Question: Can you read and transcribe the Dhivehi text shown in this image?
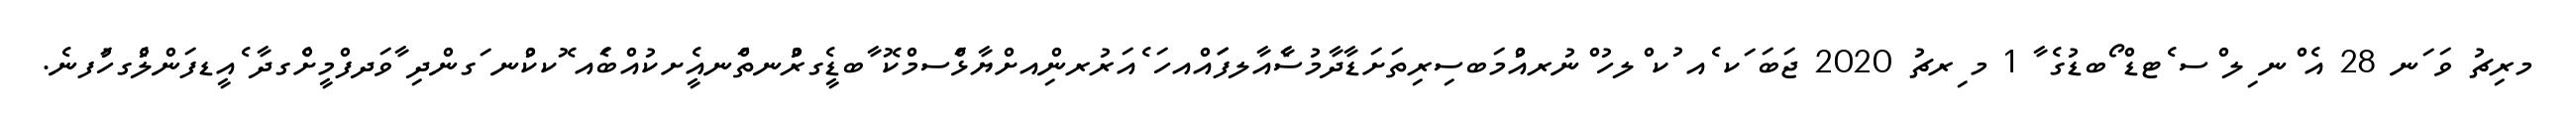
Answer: މރިޗު ވަ ަނ 28 އެ ްނ ިލ ްސ ެޓޑް ޯބޑުގެ ާ 1 މ ިރޗު 2020 ޖަބަ ަކ ެއ ުކ ްލހު ްނުރއުްމަބސިރިތަށަޑާދާމުސާެއާލފަައްއހަ ެއަރުރންިއށްޔާޅަްސމްކޮ ާބޑީެގރުްނތަްނއެީށކުއްބަެއ ޮކކުްނ ަގންދި ާވަދފްމީށްެގދާ ެއީޑފަންލުެގހުަފނެ.